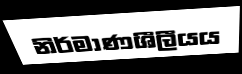
නිර්මාණශීලීයය